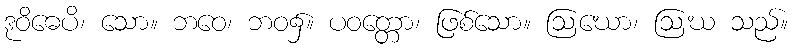
ဒုဝိဓေပိ၊ သော။ ဘဝေ၊ ဘဝ၌။ ပဝတ္တော၊ ဖြစ်သော။ ဩဃော၊ ဩဃ သည်။